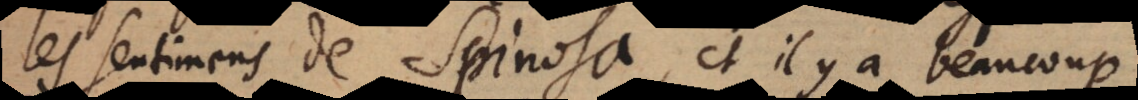
les sentimens de Spinoza, et il y a beaucoup